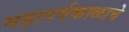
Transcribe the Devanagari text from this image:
महापर्वकाळाचे